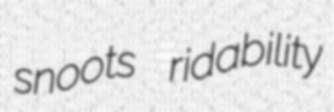
snoots ridability